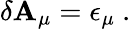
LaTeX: \delta\mathbf{A}_{\mu}=\epsilon_{\mu}\ .